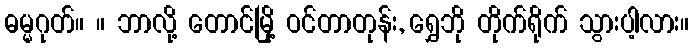
ဓမ္မဂုတ်။ ။ ဘာလို့ တောင်မြို့ ဝင်တာတုန်း, ရွှေဘို တိုက်ရိုက် သွားပါ့လား။